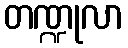
တဏ္ဍုလာ